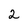
Character: 2